Indian journal of veterinary science and animal husbandry - Volume 5,
Year: 1935
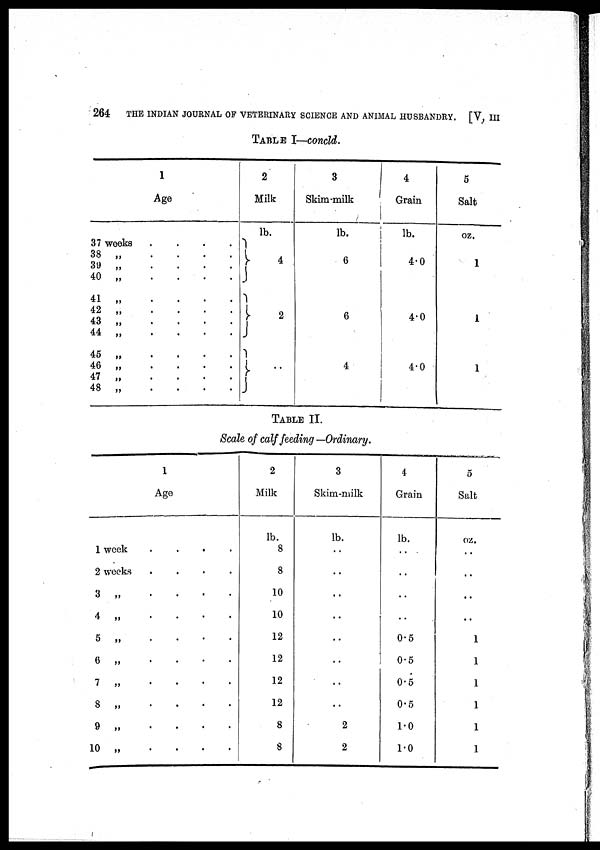
264
THE INDIAN JOURNAL OF VETERINARY SCIENCE AND ANIMAL HUSBANDRY. [V, III
TABLE I—concld.
1
Age
37 weeks . . . .
38 „ . . . .
39 „ . . . .
40 „ . . . .
41 „ . . . .
42 „ . . . .
43 „ . . . .
44 „ . . . .
45 „ . . . .
46 „ . . . .
47 „ . . . .
48 „ . . . .
2
Milk
lb.
4
2
..
3
Skim-milk
lb.
6
6
4
4
Grain
lb.
4.0
4.0
4.0
5
Salt
oz.
1
1
1
TABLE II.
Scale of calf feeding —Ordinary.
1
Age
1 week . . . .
2 weeks . . . .
3 „ . . . .
4 „ . . . .
5 „ . . . .
6 „ . . . .
7 „ . . . .
8 „ . . . .
9 „ . . . .
10 „ . . . .
2
Milk
lb.
8
8
10
10
12
12
12
12
8
8
3
Skim-milk
lb.
..
..
..
..
..
..
..
..
2
2
4
Grain
lb.
..
..
..
..
0.5
0.5
0.5
0.5
1.0
1.0
5
Salt
oz.
..
..
..
..
1
1
1
1
1
1